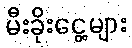
မီးခိုးငွေ့များ